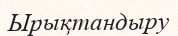
Ырықтандыру